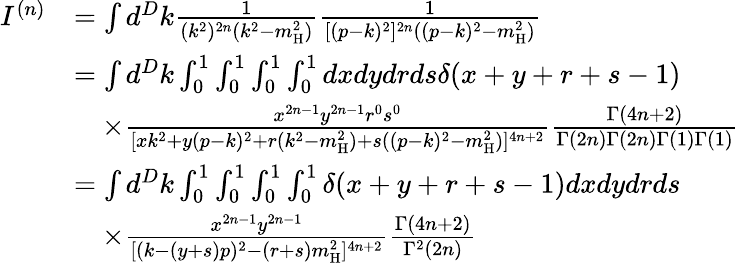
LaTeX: \begin{array}{rl}{I^{(n)}}&{=\int d^{D}k\frac{1}{(k^{2})^{2n}(k^{2}-m_{\mathrm{H}}^{2})}\frac{1}{[(p-k)^{2}]^{2n}((p-k)^{2}-m_{\mathrm{H}}^{2})}}\\ &{=\int d^{D}k\int_{0}^{1}\int_{0}^{1}\int_{0}^{1}\int_{0}^{1}dxdydrds\delta(x+y+r+s-1)}\\ &{\quad\times\frac{x^{2n-1}y^{2n-1}r^{0}s^{0}}{[xk^{2}+y(p-k)^{2}+r(k^{2}-m_{\mathrm{H}}^{2})+s((p-k)^{2}-m_{\mathrm{H}}^{2})]^{4n+2}}\frac{\Gamma(4n+2)}{\Gamma(2n)\Gamma(2n)\Gamma(1)\Gamma(1)}}\\ &{=\int d^{D}k\int_{0}^{1}\int_{0}^{1}\int_{0}^{1}\int_{0}^{1}\delta(x+y+r+s-1)dxdydrds}\\ &{\quad\times\frac{x^{2n-1}y^{2n-1}}{[(k-(y+s)p)^{2}-(r+s)m_{\mathrm{H}}^{2}]^{4n+2}}\frac{\Gamma(4n+2)}{\Gamma^{2}(2n)}}\end{array}